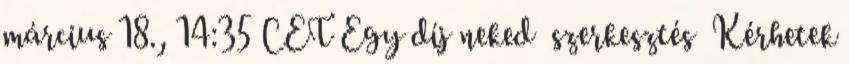
március 18., 14:35 CET Egy díj neked szerkesztés Kérhetek